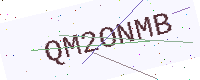
Text: QM2ONMB